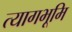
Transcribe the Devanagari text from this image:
त्यागभूमि